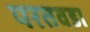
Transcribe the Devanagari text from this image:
परतवडा